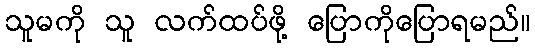
သူမကို သူ လက်ထပ်ဖို့ ပြောကိုပြောရမည်။